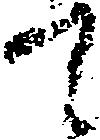
て